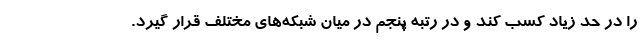
را در حد زیاد کسب کند و در رتبه پنجم در میان شبکه‌های مختلف قرار گیرد.